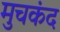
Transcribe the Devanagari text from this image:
मुचकंद